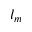
l _ { m }